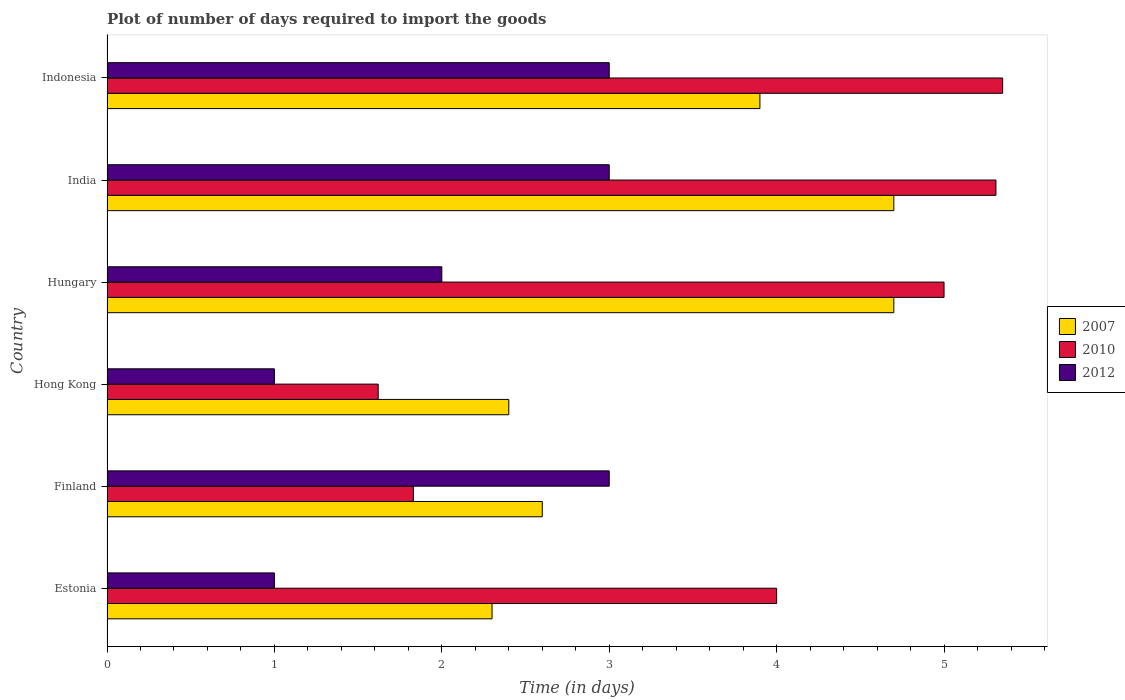
| Country | 2007 | 2010 | 2012 |
 | --- | --- | --- | --- |
 | Estonia | 2.3 | 4 | 1 |
 | Finland | 2.6 | 1.83 | 3 |
 | Hong Kong | 2.4 | 1.62 | 1 |
 | Hungary | 4.7 | 5 | 2 |
 | India | 4.7 | 5.31 | 3 |
 | Indonesia | 3.9 | 5.35 | 3 |